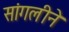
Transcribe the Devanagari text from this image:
सांगलीने